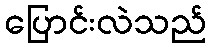
ပြောင်းလဲသည်